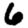
Digit: 6